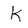
Character: K